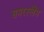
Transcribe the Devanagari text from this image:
समरस्लैंम